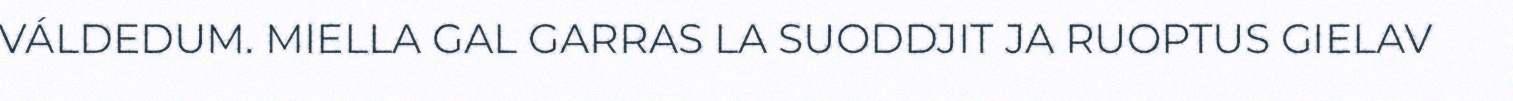
VÁLDEDUM. MIELLA GAL GARRAS LA SUODDJIT JA RUOPTUS GIELAV